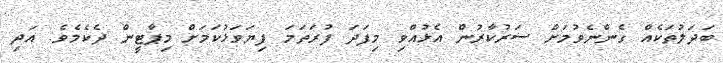
ބަދަލުތަކެއް ގެންނެވުމަށް ސަރުކާރުން އެޅުއްވި މިފަދަ ފުރަތަމަ ފިޔަވަޅުކަމަށް މިޕާޓީން ދެކެމެވެ. އަދި